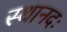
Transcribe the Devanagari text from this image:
स्थानदः